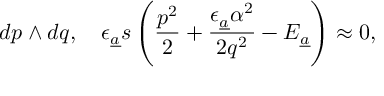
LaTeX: d p \wedge d q , \quad \epsilon _ { { \underline { { a } } } } s \left( \frac { p ^ { 2 } } { 2 } + \frac { \epsilon _ { { \underline { { a } } } } \alpha ^ { 2 } } { 2 q ^ { 2 } } - { \cal E } _ { \underline { { a } } } \right) \approx 0 ,